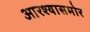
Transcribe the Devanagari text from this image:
आरश्यासमोर